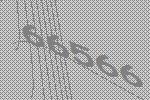
66566